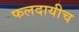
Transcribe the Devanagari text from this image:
फलदायीच